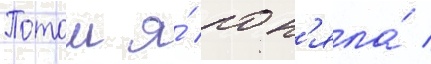
Потом я́ пон'яла́ /